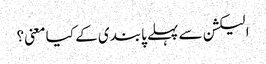
الیکشن سے پہلے پابندی کے کیا معنی؟